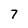
Character: 7